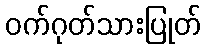
ဝက်ဂုတ်သားပြုတ်